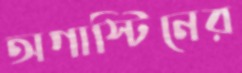
অগাস্টিনের